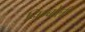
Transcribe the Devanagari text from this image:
निम्‍बोली